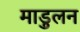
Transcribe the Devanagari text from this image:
माडुलन